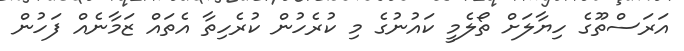
އަރަސްތޫގެ ހިޔާލަށް ތޯލެމީ ކައުނުގެ މި ކުރެހުން ކުރެހިތާ އެތައް ޒަމާނެއް ފަހުން